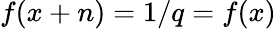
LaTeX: f(x+n)=1/q=f(x)